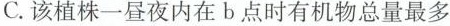
C.该植株一昼夜内在b点时有机物总量最多